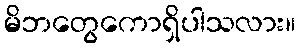
မိဘတွေကောရှိပါသလား။